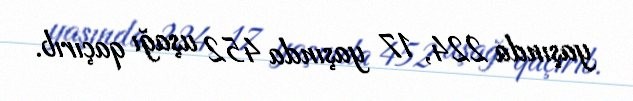
yaşında 224, 17 yaşında 452 uşağı qaçırıb.